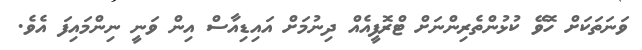
ވަނަތަކަށް ހޮވޭ ކުޅުންތެރިންނަށް ޓްރޮފީއެއް ދިނުމަށް އައިޑިއާސް އިން ވަނީ ނިންމައިފަ އެވެ.